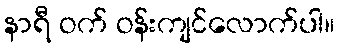
နာရီ ဝက် ဝန်းကျင်လောက်ပါ။